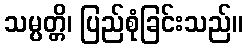
သမ္ပတ္တိ၊ ပြည်စုံခြင်းသည်။